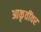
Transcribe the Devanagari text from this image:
आकृतींवर